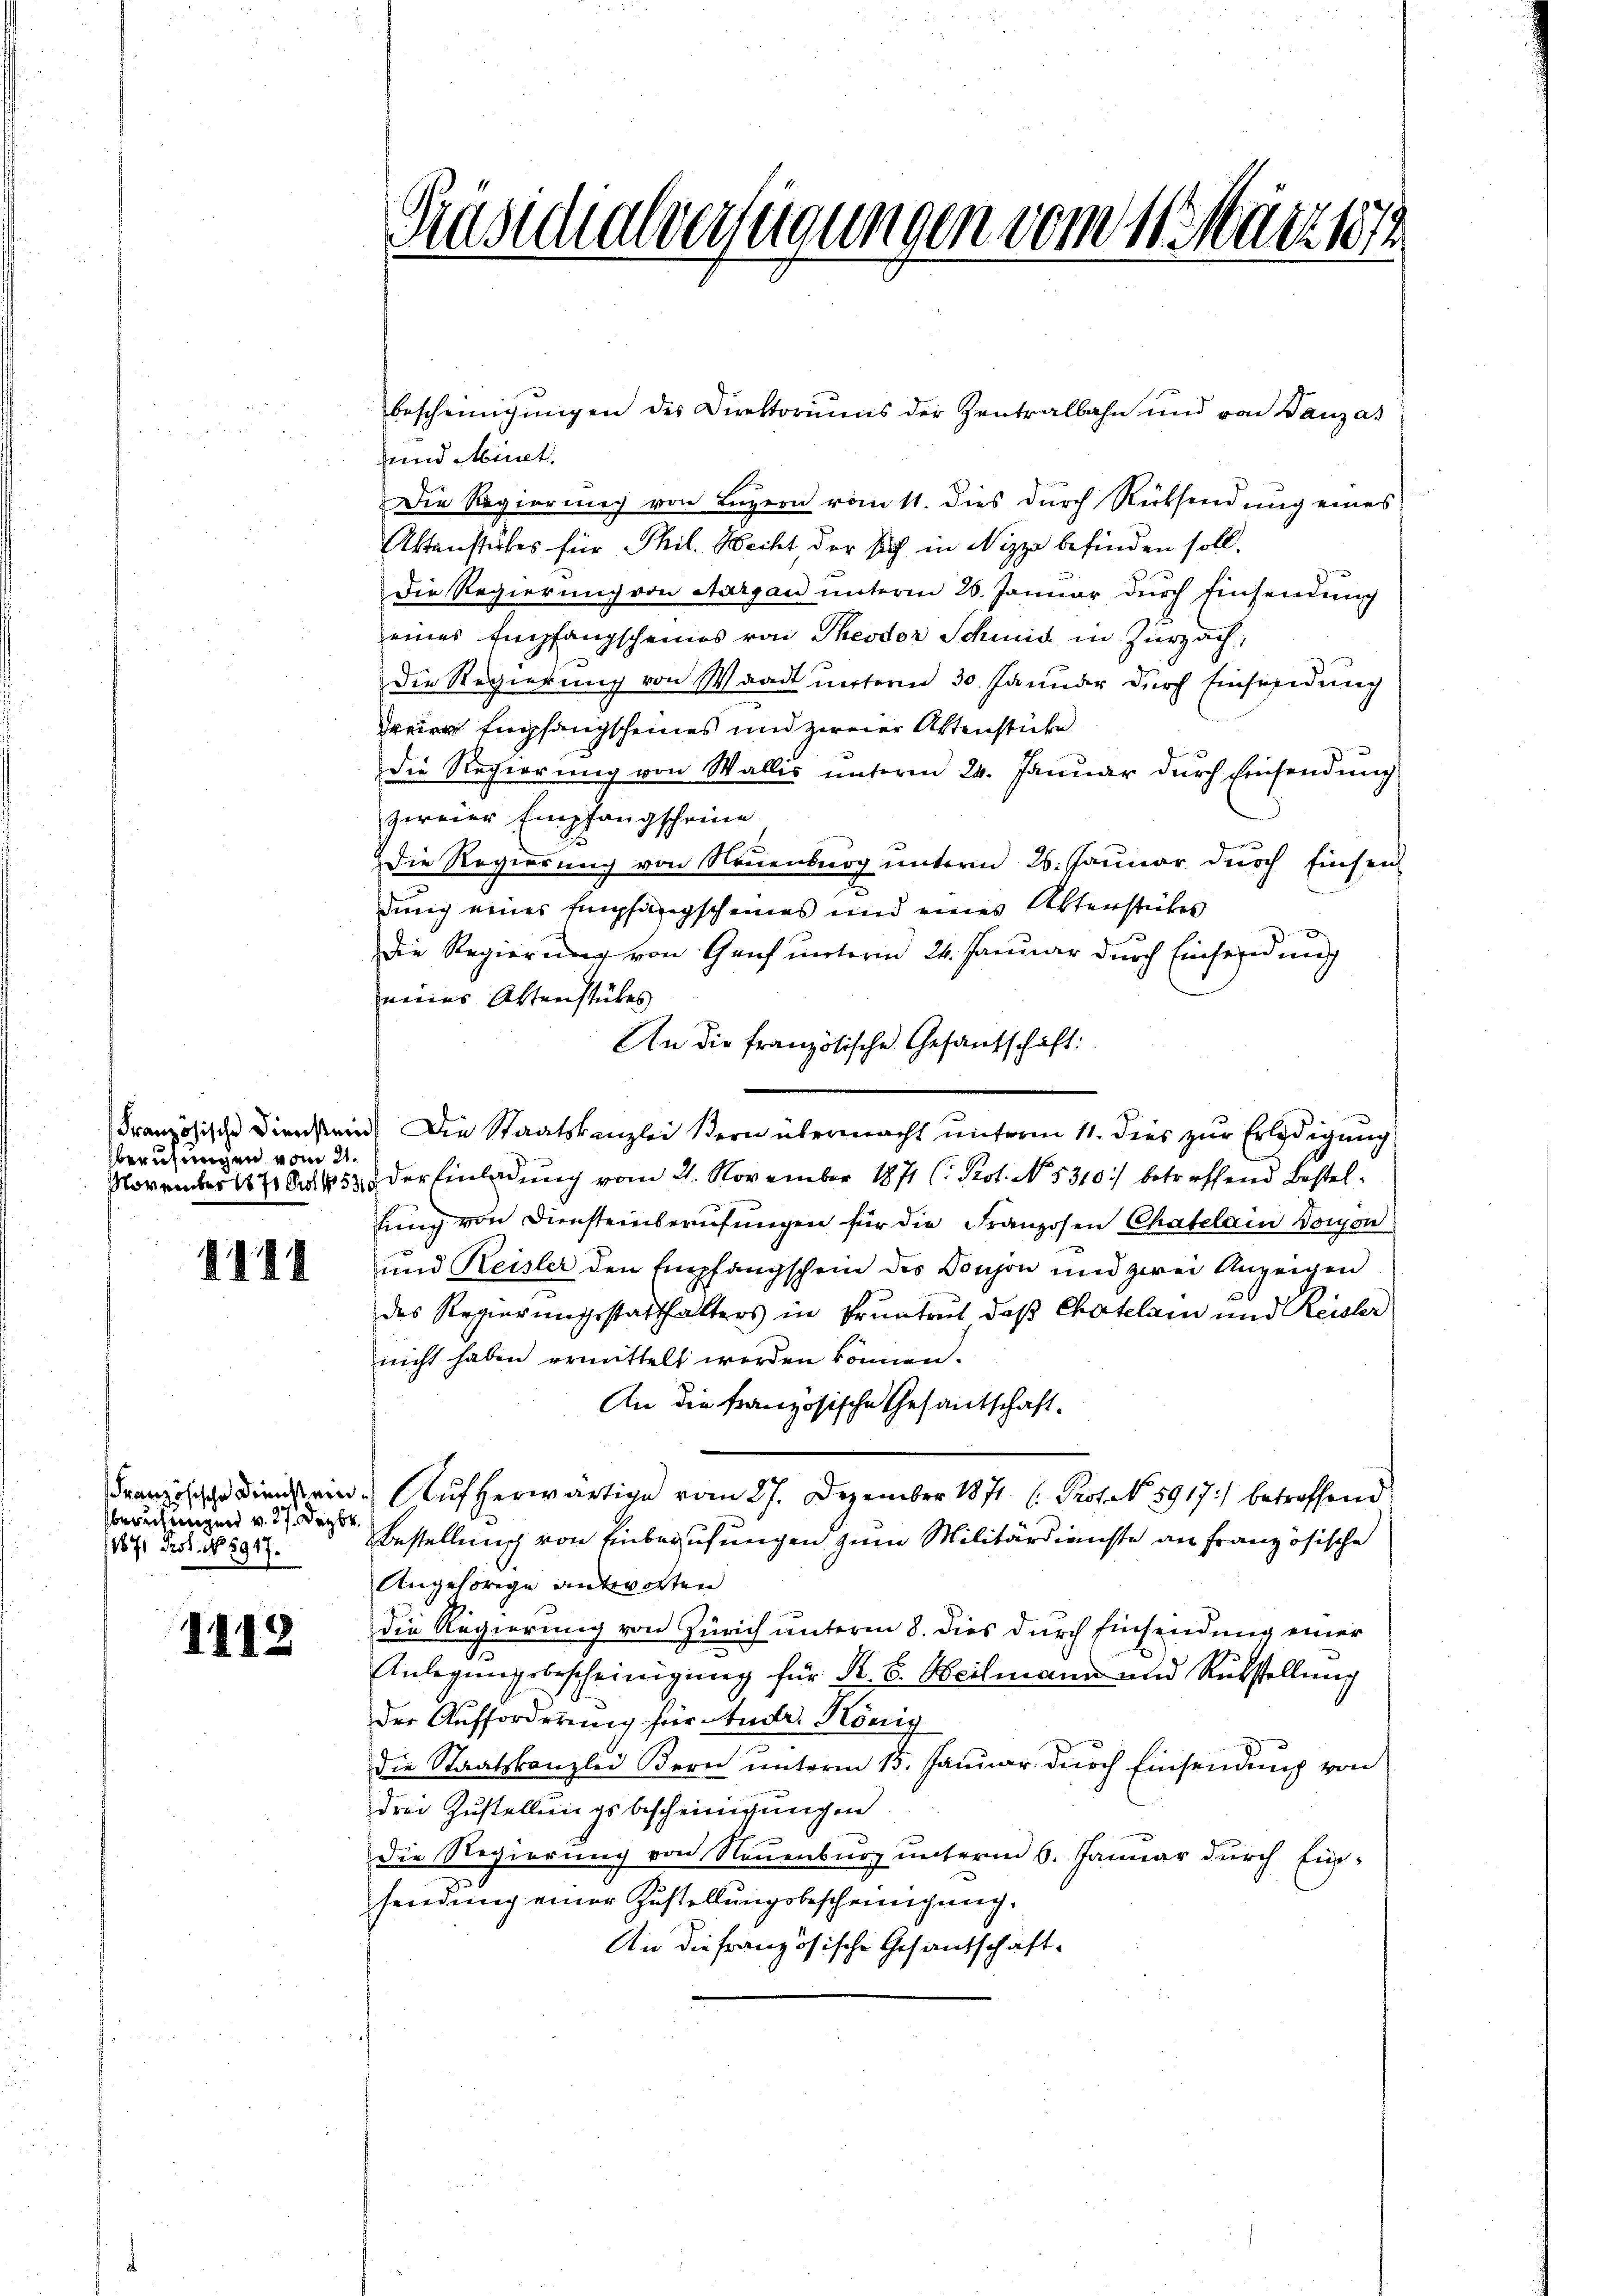
berufungen vom 21.

1111

Französische Dienstein,
berufungen v. 27. Dezbr.
11871 Prof. No 8917.

1112

Präsidialverfügungen vom 11. Märztes

bescheinigŭngen des Direktoriŭms der Zentralbahn und von Danzas
und Minet.
Die Regierung von Luzern vom 11. dies durch Rücksendung eines
Aktenstubes für Phil. Hecht der sich in Nizza befinden soll.
Die Regierung von Aargau unterm 26. Januar dŭrch Einsendŭng
eines Empfangscheines von Theodor Schmid in Zurzach
Die Regierung von Waadt unterm 30. Januar durch Einsendung
dreier Empfangscheines und zweier Aktenstücke
die Regierung von Wallis unterm 24. Januar durch Einsendung
zweier Empfangscheine
5
Die Regierung von Neuenburg unterm 26. Januar dŭrch Einsen
dung eines Empfangscheines und eines Alterstückes
der
Die Regierung von Genf unterm 24. Januar durch Einsendung
neines Aktenstückes
An die französische Gesantschaft:
Französische Dienstein, Die Staatskanzlei Bern übermacht unterm 11. dies zur Erledigung
November 1871 Frk. 53 der Einladung vom 21. November 1871 (: Prot. No. 5310.) betreffend Bestellung von Diensteinberufungen für die Franzosen Chatelain Voron
und Reisler den Empfangschein des Conson und zwei Anzeigen
des Regierungsstatthalters in Pruntrut, daß Chatelar und Reister
nicht haben ermittelt werden können.
An die französische Gesantschaft.
Aŭfherwärtige vom 27. Dezember 1871 (. Prof. N. 5917) betreffend
Bestellung von Einberufungen zum Militärdienste an französische
Angehörige antworten
die Regierung von Zürich unterm 8. dies durch Einsendung einer
Anlegungsbescheinigung für Fr. 6. Weilmann und Rückstellung
der Aufforderung für Andr. König.
die Staatskanzlei Bern unterm 15. Januar durch Einsendung von
drei Zustellungsbescheinigungen
die Regierung von Neuenburg unterm 6. Januar durch Ein¬
.
sendung einer Zustellungsbescheinigung.
An die Französische Gesandschaft-